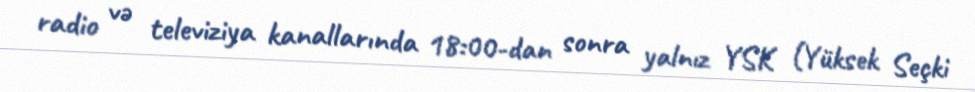
radio və televiziya kanallarında 18:00-dan sonra yalnız YSK (Yüksek Seçki